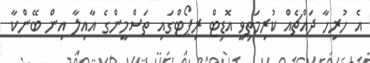
އެ ހުރިހާ ދައްޗެއް ކުރިމަތިވީ އޮޑިޓް ރިޕޯޓްގައި ތަސްމީންގެ އާއިލާ އިން ބޭންކާ